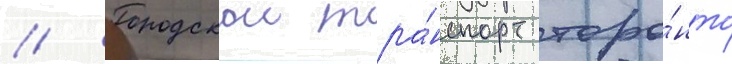
// Городскои тра́нспорт торо́нто